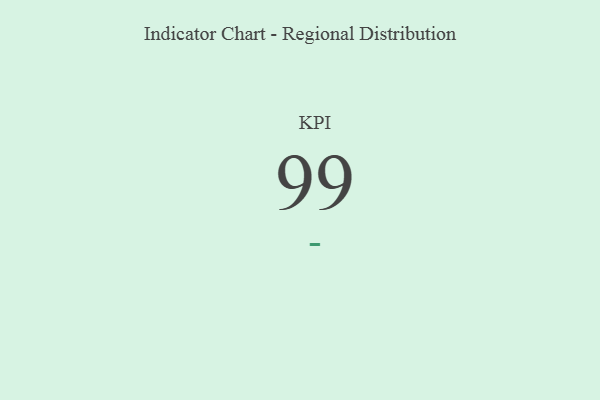
{"axis": {"x": "KPI", "y": "Value"}, "legend": [""], "data": [{"x": "KPI", "y": 99, "type": ""}]}